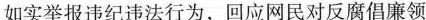
如实举报违纪违法行为，回应网民对反腐倡廉领